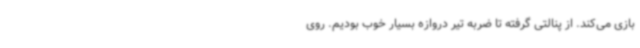
بازی می‌کند. از پنالتی گرفته تا ضربه تیر دروازه بسیار خوب بودیم. روی